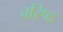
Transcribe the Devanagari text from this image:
वरिष्‍ठ